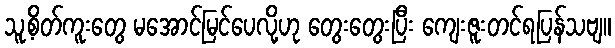
သူ့စိတ်ကူးတွေ မအောင်မြင်ပေလို့ဟု တွေးတွေးပြီး ကျေးဇူးတင်ရပြန်သဗျ။